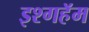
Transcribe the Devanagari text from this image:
इश्गहॅम